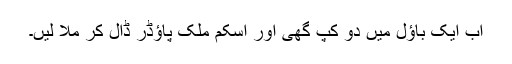
اب ایک باؤل میں دو کپ گھی اور اسکم ملک پاؤڈر ڈال کر ملا لیں۔